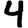
Digit: 4